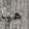
هيا